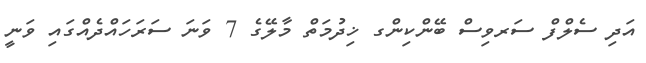
އަދި ސެލްފް ސަރވިސް ބޭންކިންގ ޚިދުމަތް މާލޭގެ 7 ވަނަ ސަރަހައްދެއްގައި ވަނީ